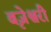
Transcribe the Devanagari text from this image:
बृजेश्वरी